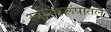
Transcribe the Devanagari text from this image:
स्त्रीस्वरूपातले